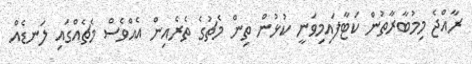
ރާއްޖެ މިމުބާރާތުން ކަޓާފައިމިވަނީ ކުޅުން ތިން މެޗުގެ ތެރެއިން އެއްވެސް މެޗެއްގައި ލަނޑެއް